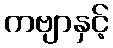
ကဗျာနှင့်